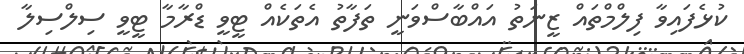
ކުޅެފައިވާ ފިލްމްތައް ޒީނަތު އައްބާސްވަނީ ތަފާތު އެތަކެއް ޓީވީ ޑްރާމާ ޓީވީ ސިލްސިލާ